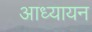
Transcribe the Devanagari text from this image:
आध्यायन